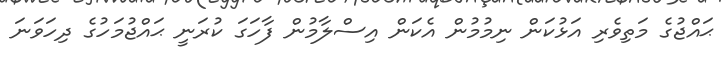
ޙައްޖުގެ މަތިވެރި އަޅުކަން ނިމުމުން އެކަން އިސްލާމުން ފާހަގަ ކުރަނީ ޙައްޖުމަހުގެ ދިހަވަނަ